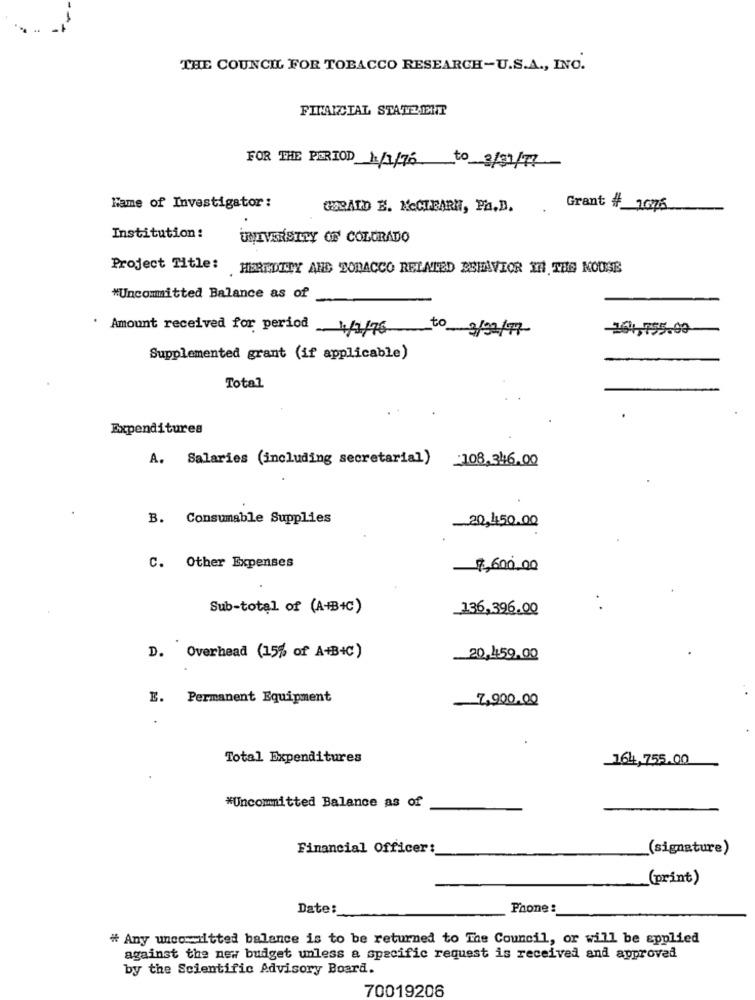
THE COUNCIL FOR TOBACCO RESEARCH-U.S.A ., INO.
FINANCIAL STATZIEHT
FOR THE PERIOD 11/1/76 to 3/01/17
Name of Investigator:
GOBALD E. MECLEARN, PA.D.
Grant # 1676
Institution:
UNIVERSITY OF COLORADO
Project Title: HEREDITY AND TOBACCO RELATED BEHAVIOR IN THE NOUSE
*Uncommitted Balance as of
. Amount received for period 4/1/76
to 3/02/17
261,755.00
Supplemented grant (if applicable)
Total
Expenditures
A. Salaries (including secretarial)
108,346.00
B. Consumable Supplies
20,450.00
C. Other Expenses
7,600,00
Sub-total of (A+B+C)
_136,396.00
D. Overhead (15% of A+B+C)
20,459.00
E. Permanent Equipment
7,900.00
Total Expenditures
164,755.00
*Uncommitted Balance as of
Financial Officer:
(signature)
(print)
Date:
Phone :
# Any uncoiltted balance is to be returned to The Council, or will be applied
against the new budget unless a specific request is received and approved
by the Scientific Advisory Board.
70019206